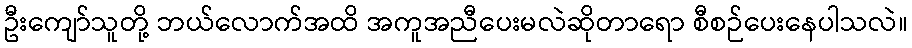
ဦးကျော်သူတို့ ဘယ်လောက်အထိ အကူအညီပေးမလဲဆိုတာရော စီစဉ်ပေးနေပါသလဲ။